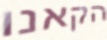
הקאנו